Leprosy in India: report of the Leprosy Commission in India, 1890-91
Year: 1890
Disease focus: Leprosy
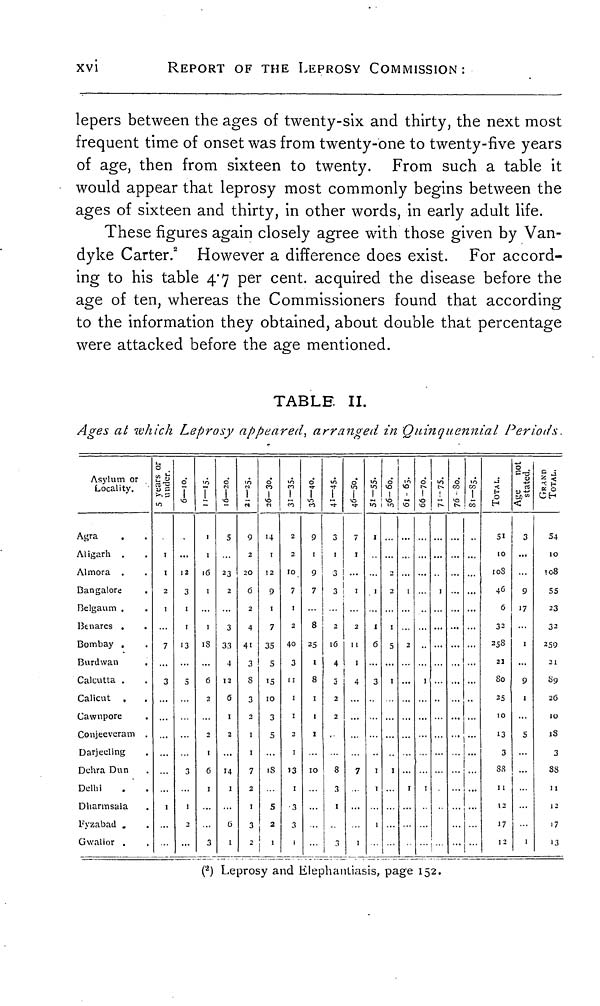
xvi
REPORT OF THE LEPROSY COMMISSION:
lepers between the ages of twenty-six and thirty, the next most
frequent time of onset was from twenty-one to twenty-five years
of age, then from sixteen to twenty. From such a table it
would appear that leprosy most commonly begins between the
ages of sixteen and thirty, in other words, in early adult life.
These figures again closely agree with those given by Van-
dyke Carter. 2 However a difference does exist. For accord-
ing to his table 4 . 7 per cent, acquired the disease before the
age of ten, whereas the Commissioners found that according
to the information they obtained, about double that percentage
were attacked before the age mentioned.
TABLE II.
Ages at which Leprosy appeared, arranged in Quinquennial Periods.
Asylum or
Locality.
Agra .
Aligarh .
Almora .
Bangalore
Belgaum .
Benares .
Bombay .
Burdwan.
Calcutta .
Calicut.
Cawnpore
Conjeeveram
Darjeeling
Dehra Dun
Delhi
Dharmsala
Fyzabad .
Gwalior .
.
.
.
.
.
.
.
.
.
.
.
.
.
.
.
.
.
.
5 years or
under
1
1
2
1
...
7
...
3
...
..
..
... ... 1 ... ...
6-10.
12
3
1
1
13
...
5
...
...
...
1
2
3
11-15.
1
1
16
...
1
18
...
6
2
...
2
1
6
1
...
...
3
16-20.
5
...
23
2
...
3
33
4
12
6
1
2
...
14
1
...
6
1
21-25.
9
2
2O
6
2
4
41
3
3
3
2
1
1
7
2
1
3
2
26-30.
14
1
12
9
1
7
35
5
15
10
3
5
...
18
.
5
2
1
31-35.
2
2
10
7
1
2
40
3
11
1
1
2
1
13
1
3
3
1
35-40.
9
1
9
7
...
8
25
1
8
1
1
1
..
10
..
...
..
..
41-45.
3
1
3
3
..
2
16
4
3
2
.
..
8
3
1
.
3
46-50.
7
1
...
I
...
.2
11
1
4
...
...
...
...
7
.
...
..
1
51-55.
1
.
...
1
..
1
6
3
..
..
...
.
1
1
..
1
.
56-60.
2
1
5
1
..
...
...
...
... I
61-65.
I
2
I
66-70.
I
I
71-75.
I
•
76-80.
81-85. TOTAL.
51
10
108
4 6
6
32
258
21
10
25
10
13
3
88
11
12
17
1 2
Age not stated.
3
9
17
1
9
1
5
1
GRAND TOTAL.
54
10
108
55
23
3 2
259
21
89
26
10
18
3
88
11
12
17
13
( 2 ) Leprosy and Elephantiasis, page 152.